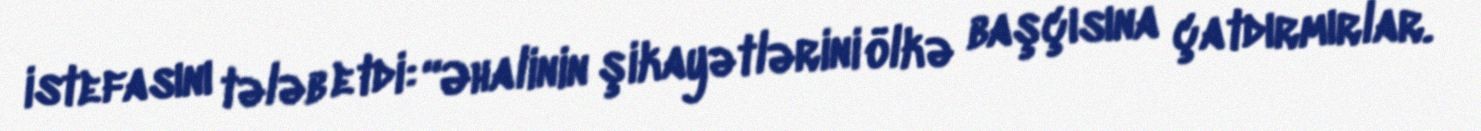
istefasını tələb etdi: “Əhalinin şikayətlərini ölkə başçısına çatdırmırlar.